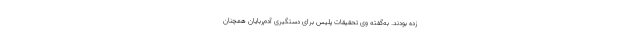
زده بودند. به‌گفته وی تحقیقات پلیس برای دستگیری آدم‌ربایان همچنان